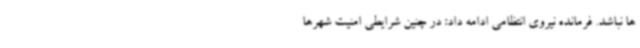
ها نباشد. فرمانده نیروی انتظامی ادامه داد: در چنین شرایطی امنیت شهرها